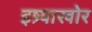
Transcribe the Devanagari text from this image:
इष्र्याखोर